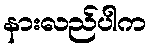
နားလည်ပါက